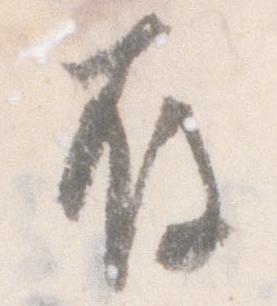
存